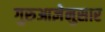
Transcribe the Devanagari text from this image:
गुरुआज्ञेनुसार